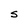
Character: s